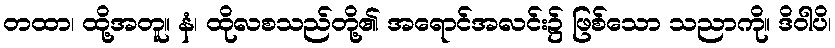
တထာ၊ ထို့အတူ။ နံ၊ ထိုလစသည်တို့၏ အရောင်အလင်း၌ ဖြစ်သော သညာကို။ ဒိဝါပိ၊